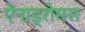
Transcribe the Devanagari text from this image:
ऐनाड्रोमस